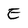
Character: E